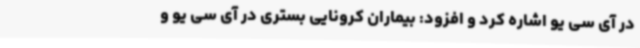
در آی سی یو اشاره کرد و افزود: بیماران کرونایی بستری در آی سی یو و